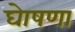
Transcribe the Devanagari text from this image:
घेाषणा